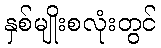
နှစ်မျိုးစလုံးတွင်